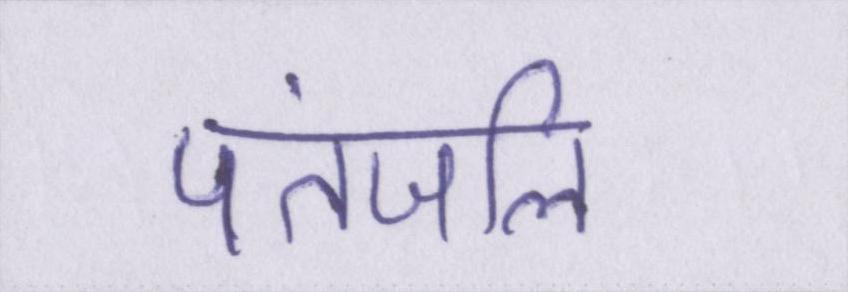
पतंजलि